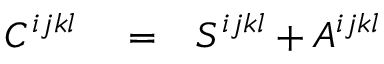
\begin{array} { r l r } { C ^ { i j k l } } & { { } = } & { S ^ { i j k l } + A ^ { i j k l } } \end{array}